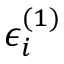
\epsilon _ { i } ^ { ( 1 ) }